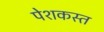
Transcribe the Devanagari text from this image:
पेशकस्त